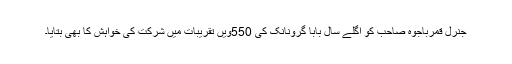
جنرل قمرباجوہ صاحب کو اگلے سال بابا گرونانک کی 550ویں تقریبات میں شرکت کی خواہش کا بھی بتایا۔